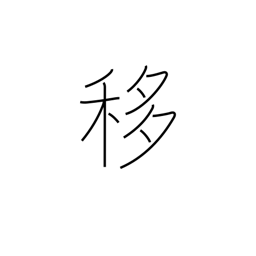
Meaning: shift